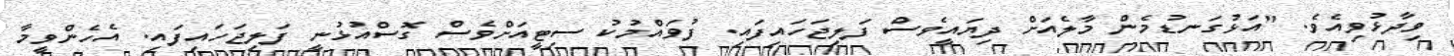
ވިދާޅުވިއެވެ. "އަޅުގަނޑުމެން މާލެއަށް ދިޔައީވެސް ފަލިޖަހައިފައި. ފުވައްމުކު ސިޓީއަށްވެސް ގޮސްއުޅުނީ ފަލިޖަހައިފައި. އެހެންވީމާ